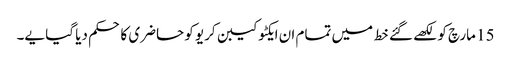
15 مارچ کو لکھے گئے خط میں تمام ان ایکٹو کیبن کریو کو حاضری کا حکم دیا گیا یے۔